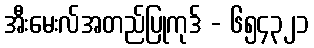
အီးမေးလ်အတည်ပြုကုဒ် - ၆၅၄၃၂၁